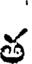
శ